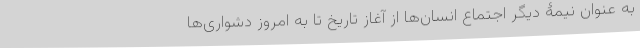
به عنوان نیمۀ دیگر اجتماع انسان‌ها از آغاز تاریخ تا به امروز دشواری‌ها